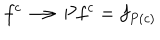
f ^ { c } \longrightarrow P f ^ { c } = f _ { P ( c ) }